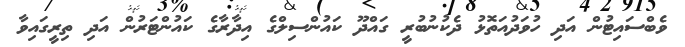
ވެބްސައިޓުން އަދި ހުވަދުއަތޮޅު ދެކުނުބުރީ ގައްދޫ ކައުންސިލްގެ އިދާރާގެ ކައުންޓަރުން އަދި ތިރީގައިވާ